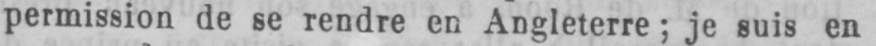
permission de se rendre en Angleterre; je suis en